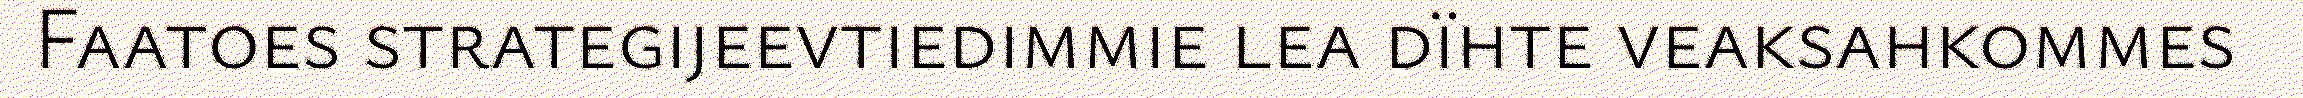
Faatoes strategijeevtiedimmie lea dïhte veaksahkommes